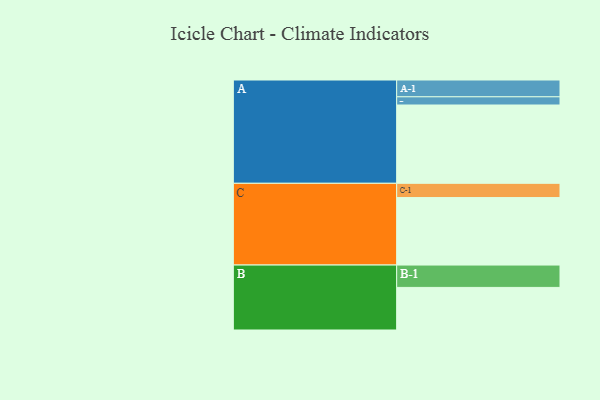
{"axis": {"x": "Segment", "y": "Value"}, "legend": ["", "A", "B", "C"], "data": [{"x": "A", "y": 592, "type": ""}, {"x": "B", "y": 322, "type": ""}, {"x": "C", "y": 510, "type": ""}, {"x": "A-1", "y": 127, "type": "A"}, {"x": "A-2", "y": 62, "type": "A"}, {"x": "B-1", "y": 169, "type": "B"}, {"x": "C-1", "y": 108, "type": "C"}]}